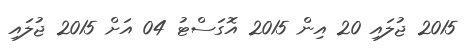
2015 ޖުލައި 20 އިން 2015 އޮގަސްޓު 04 އަށް 2015 ޖުލައި